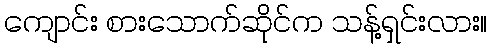
ကျောင်း စားသောက်ဆိုင်က သန့်ရှင်းလား။